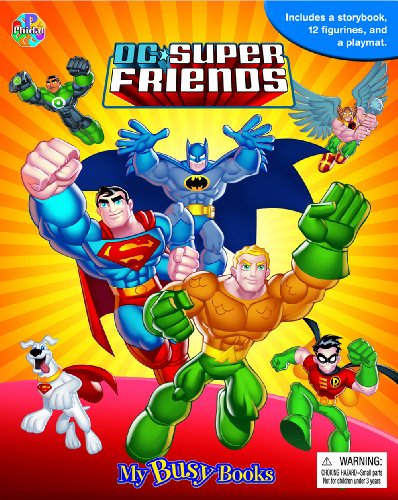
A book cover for DC Super Friends My Busy Book; Phidal Publishing Inc.; Comics & Graphic Novels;